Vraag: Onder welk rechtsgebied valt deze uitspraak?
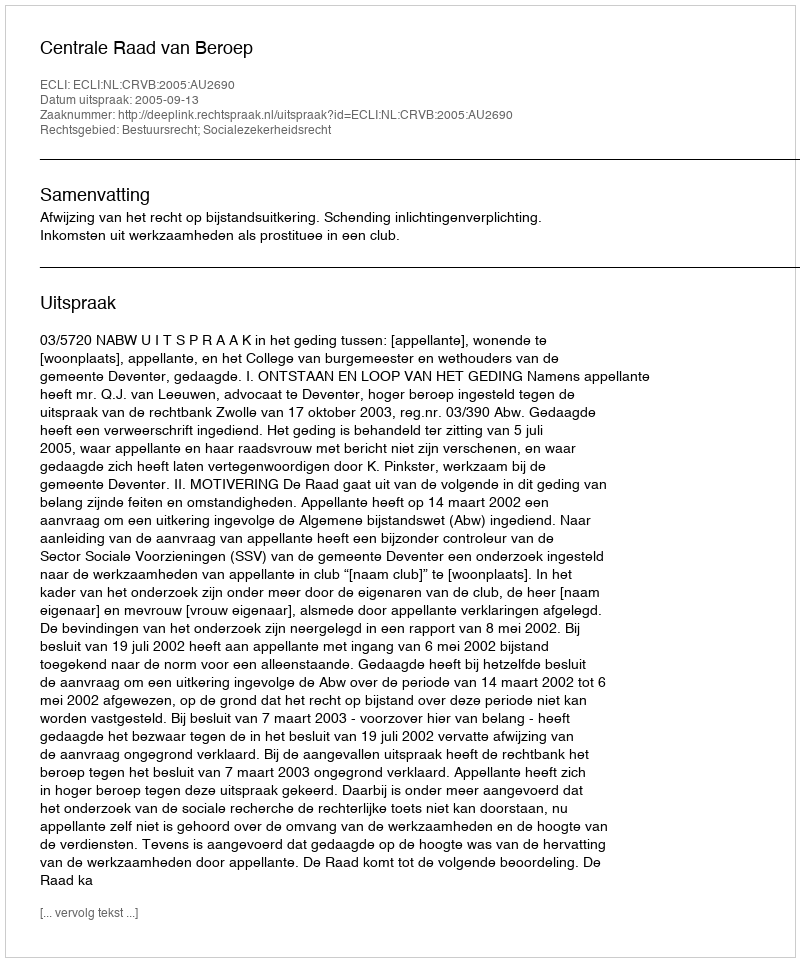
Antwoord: Bestuursrecht; Socialezekerheidsrecht